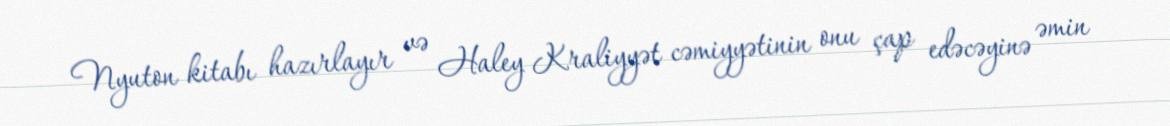
Nyuton kitabı hazırlayır və Haley Kraliyyət cəmiyyətinin onu çap edəcəyinə əmin